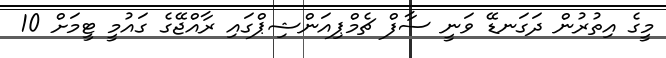
މީގެ އިތުރުން ދަގަނޑޭ ވަނީ ސާފް ޗެމްޕިއަންޝިޕްގައި ރާއްޖޭގެ ގައުމީ ޓީމަށް 10